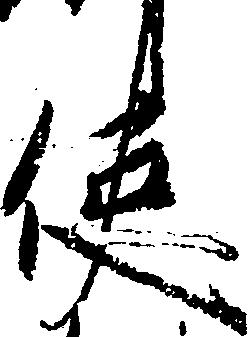
使